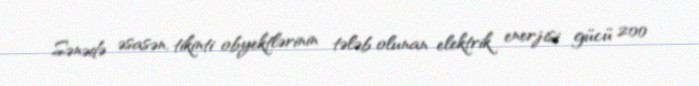
Sənədə əsasən, tikinti obyektlərinin tələb olunan elektrik enerjisi gücü 200